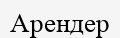
Арендер